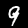
Label: 9